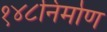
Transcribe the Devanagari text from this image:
१४८निर्माण